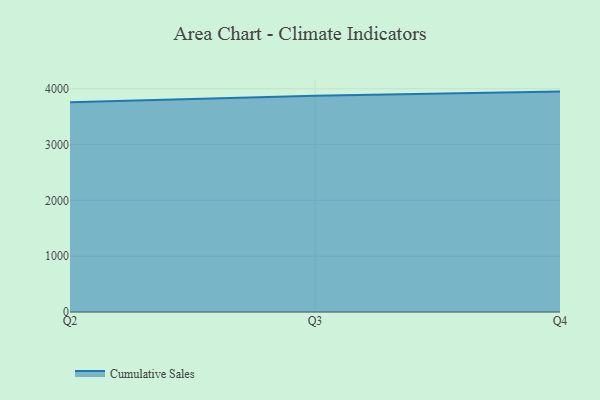
{"axis": {"x": "Quarter", "y": "Net Income (USD K)"}, "legend": ["Cumulative Sales"], "data": [{"x": "Q2", "y": 3758.7, "type": "Cumulative Sales"}, {"x": "Q3", "y": 3872.8, "type": "Cumulative Sales"}, {"x": "Q4", "y": 3948.7, "type": "Cumulative Sales"}]}